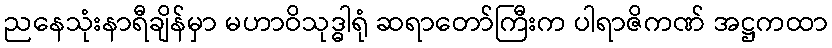
ညနေသုံးနာရီချိန်မှာ မဟာဝိသုဒ္ဓါရုံ ဆရာတော်ကြီးက ပါရာဇိကဏ် အဋ္ဌကထာ